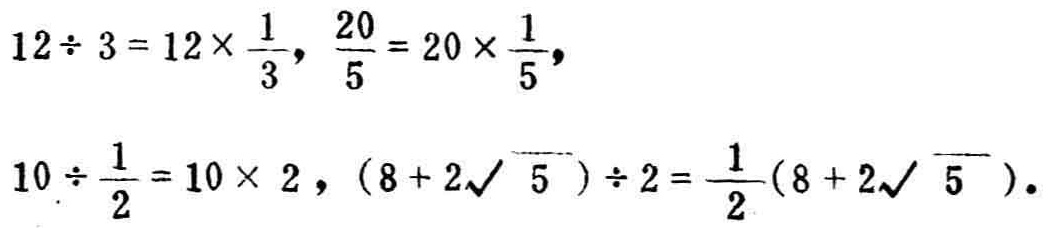
\[
\begin{align*}
12\div 3&=12\times\frac{1}{3}, \frac{20}{5}=20\times\frac{1}{5},\\
10\div\frac{1}{2}&=10\times 2,(8 + 2\sqrt{5})\div 2=\frac{1}{2}(8 + 2\sqrt{5}).
\end{align*}
\]